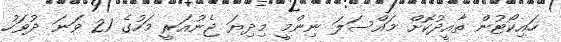
ހައިކޯޓުން ތާއީދުކޮށް މައްސަލަ ނިންމީ މިދިޔަ ޖެނުއަރީ މަހުގެ 21 ވަނަ ދުވަހު